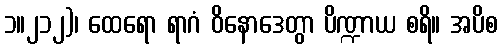
၁။၂၁၂)၊ ထေရော ရာဂံ ဝိနောဒေတွာ ပိဏ္ဍာယ စရိ။ အပိစ